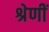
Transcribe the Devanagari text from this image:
श्रेणीं